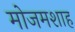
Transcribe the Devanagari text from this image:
मोजमशाह